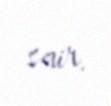
sair.